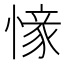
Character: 𢟰